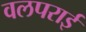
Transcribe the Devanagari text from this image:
वलपराई